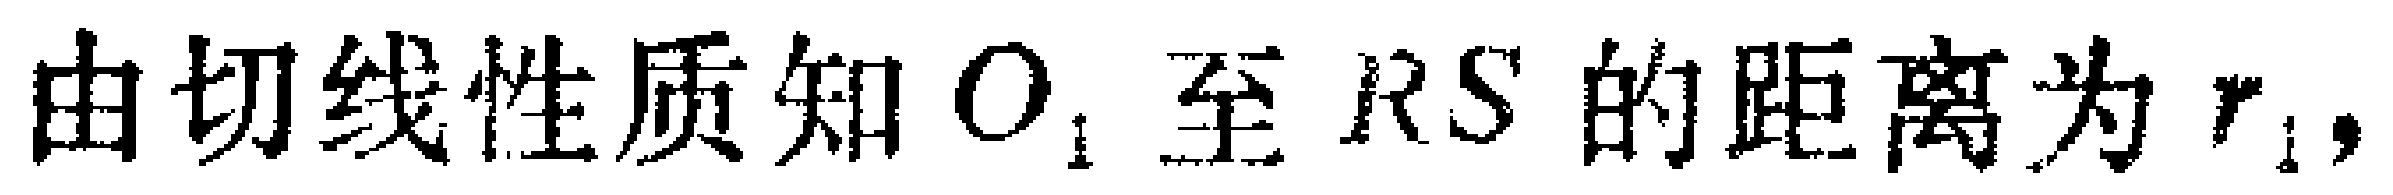
由切线性质知 \(O_{1}\) 至 \(RS\) 的距离为 \(r_{1}\)，